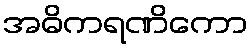
အဓိကရဏိကော